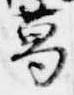
葛